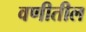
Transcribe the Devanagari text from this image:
वणीतील